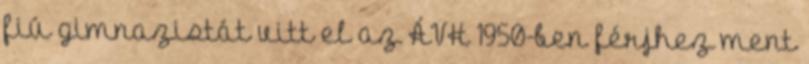
fiú gimnazistát vitt el az ÁVH 1950-ben férjhez ment